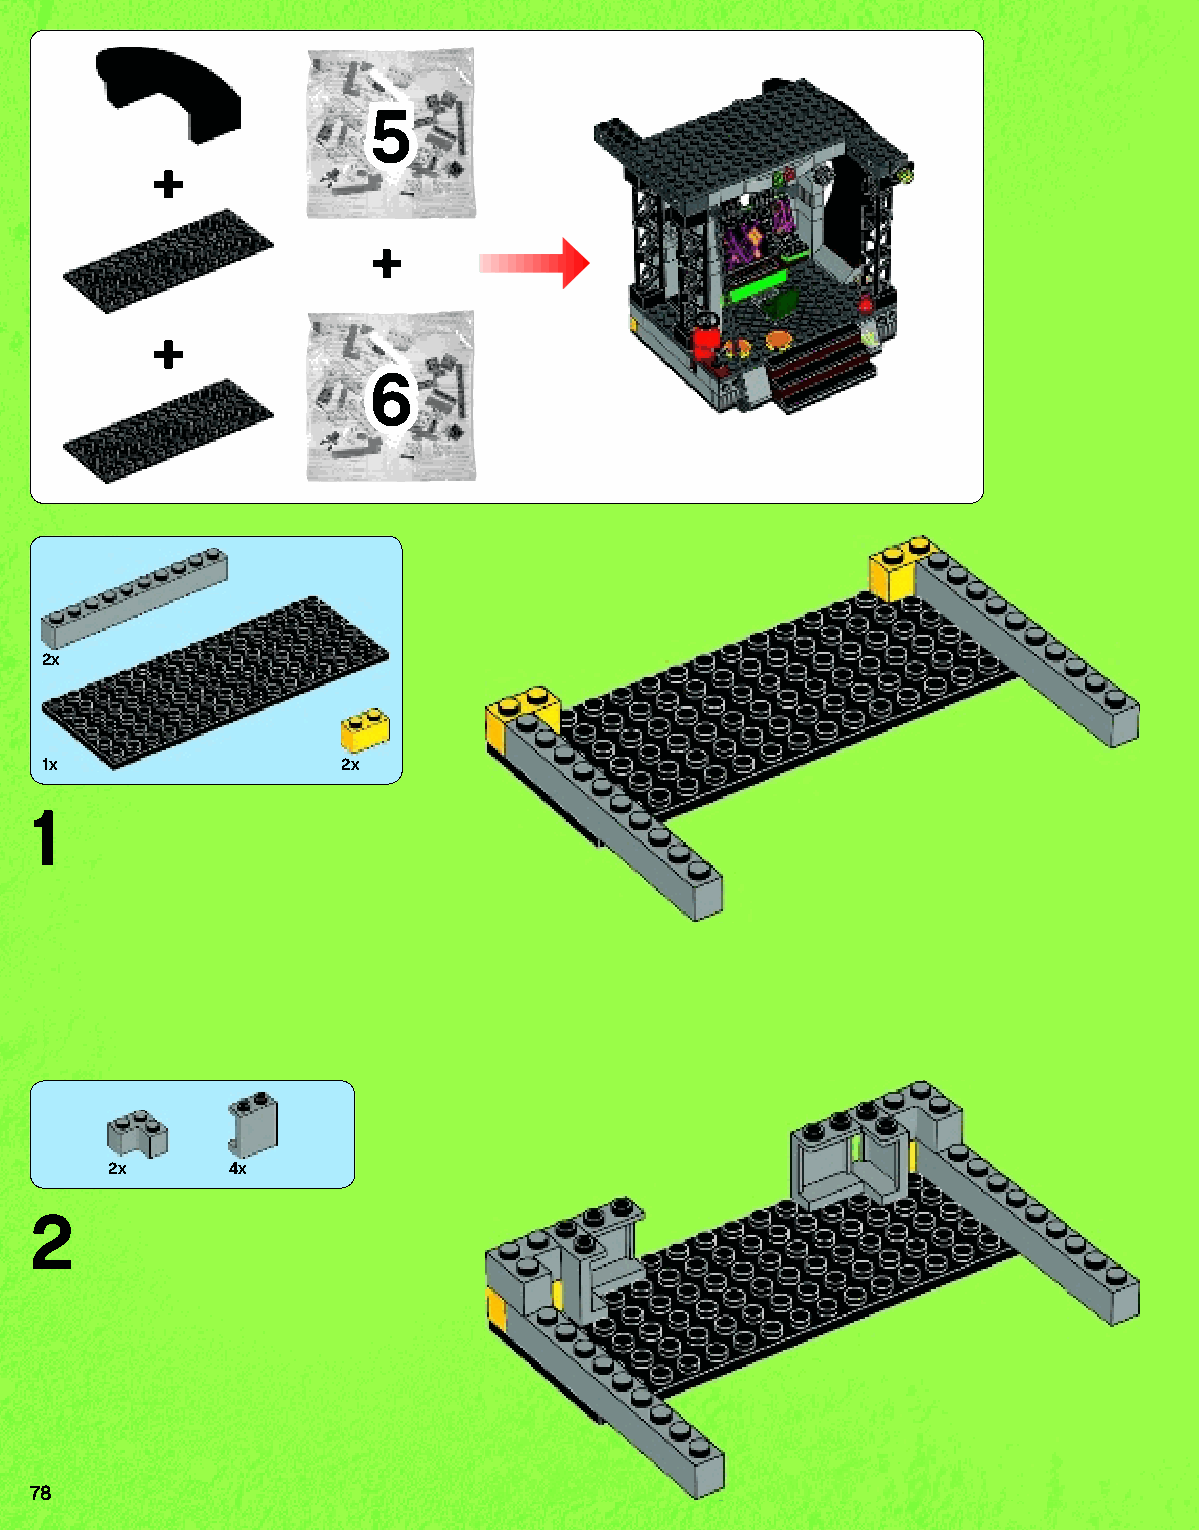
5
 +
 +
 +
 6
 2x
 1x                22xx
 1
 2x      4x
 2
 78
 79117_Book1.indd 78                                               01/11/2013 4:36 PM